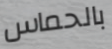
بالحماس